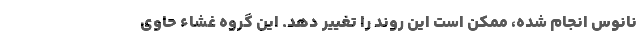
نانوس انجام شده، ممکن است این روند را تغییر دهد. این گروه غشاء حاوی